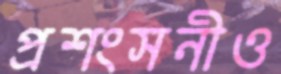
প্রশংসনীও